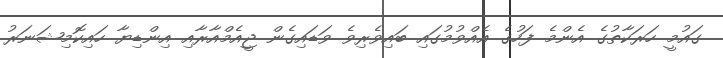
ގައުމީ ހަރަކާތުގެ އެންމެ ފަހުގެ އެއްވުމުގައި ބައިވެރިވެ ވަޑައިގެން ޖީއެމްއާރާއި އިންޑިޔާ ހައިކޮމިޝަނަރު